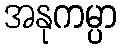
အနုကမ္ပာ